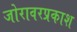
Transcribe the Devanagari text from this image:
जोरावरप्रकाश